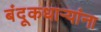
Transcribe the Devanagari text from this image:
बंदूकधाऱ्यांना